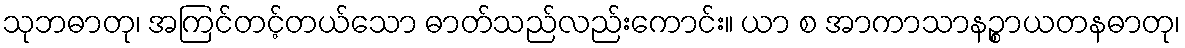
သုဘဓာတု၊ အကြင်တင့်တယ်သော ဓာတ်သည်လည်းကောင်း။ ယာ စ အာကာသာနဉ္စာယတနဓာတု၊